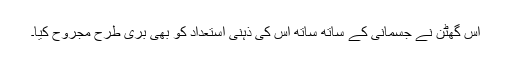
اس گھٹن نے جسمانی کے ساتھ ساتھ اس کی ذہنی استعداد کو بھی بری طرح مجروح کیا۔